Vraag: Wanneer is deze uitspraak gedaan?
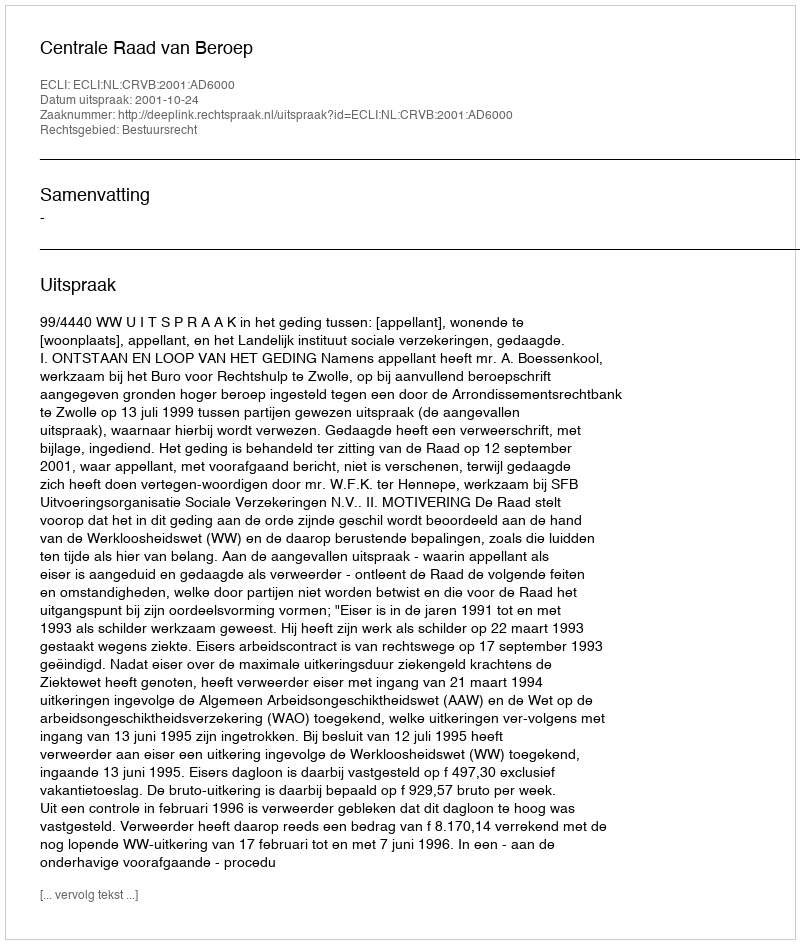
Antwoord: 2001-10-24